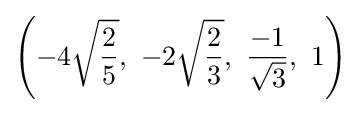
\left(-4{\sqrt {\frac {2}{5}}},\ -2{\sqrt {\frac {2}{3}}},\ {\frac {-1}{\sqrt {3}}},\ 1\right)